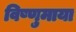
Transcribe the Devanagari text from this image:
विष्णुमाया